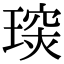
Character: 𤧪